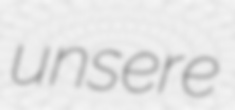
unsere